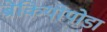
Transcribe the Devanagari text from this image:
ब्रेकियोपोडा